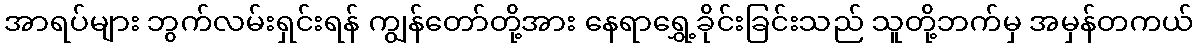
အာရပ်များ ဘွက်လမ်းရှင်းရန် ကျွန်တော်တို့အား နေရာရွှေ့ခိုင်းခြင်းသည် သူတို့ဘက်မှ အမှန်တကယ်